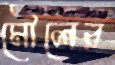
মৌলের